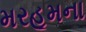
મરહૂમના